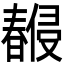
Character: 𣋨